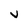
Character: v